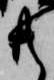
共